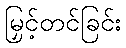
မြှင့်တင်ခြင်း